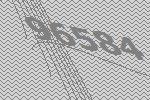
96584